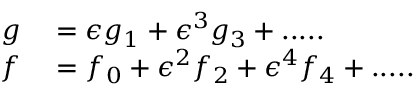
\begin{array} { r l } { g } & { { } = \epsilon g _ { 1 } + \epsilon ^ { 3 } g _ { 3 } + . . . . . } \\ { f } & { { } = f _ { 0 } + \epsilon ^ { 2 } f _ { 2 } + \epsilon ^ { 4 } f _ { 4 } + . . . . . } \end{array}